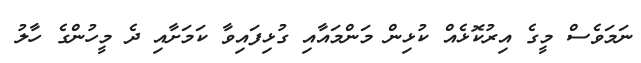
ނަމަވެސް މީގެ އިރުކޮޅެއް ކުޅިން މަންމައާއި ގުޅިފައިވާ ކަމަށާއި ދެ މީހުންގެ ހާލު